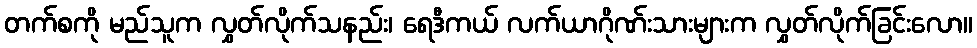
တက်စကို မည်သူက လွှတ်လိုက်သနည်း၊ ရေဒီကယ် လက်ယာဂိုဏ်းသားများက လွှတ်လိုက်ခြင်းလော။